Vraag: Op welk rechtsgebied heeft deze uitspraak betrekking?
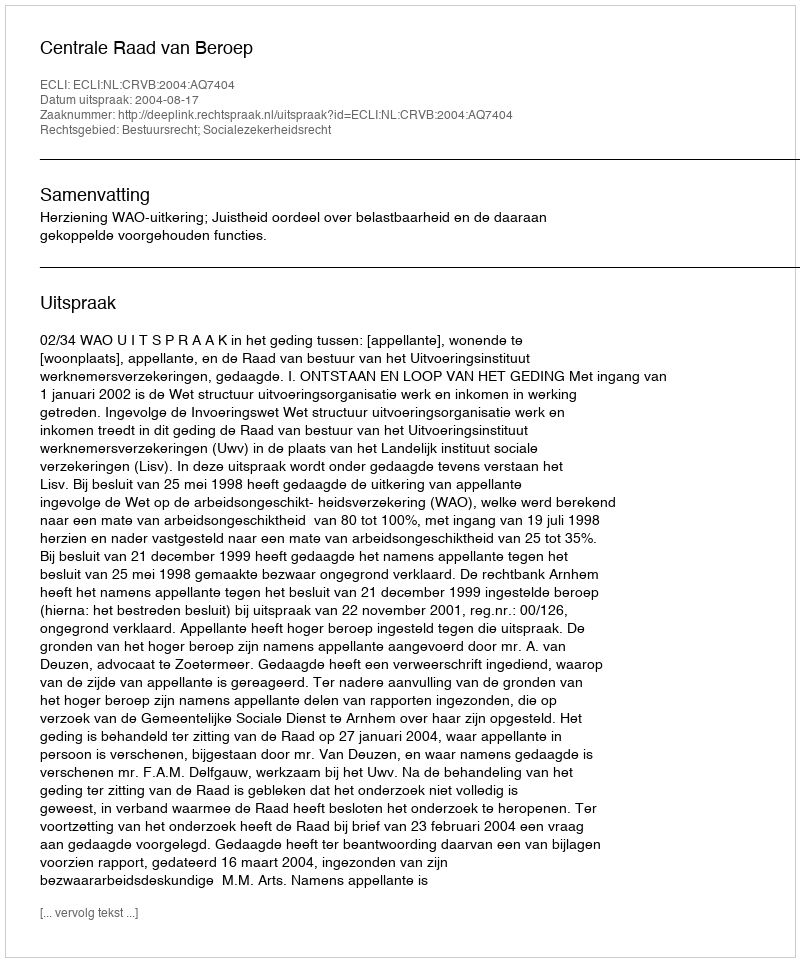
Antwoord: Bestuursrecht; Socialezekerheidsrecht